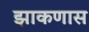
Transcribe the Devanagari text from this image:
झाकणास